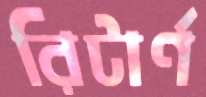
রিটার্ণ